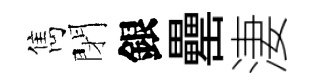
雋閉銀罍淒